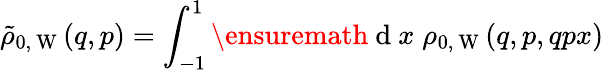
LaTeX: \tilde{\rho}_{0,\mathrm{~W~}}(q,p)=\int_{-1}^{1}\ensuremath{\mathrm{~d~}}x\; \rho_{0,\mathrm{~W~}}(q,p,qpx)